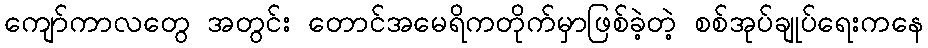
ကျော်ကာလတွေ အတွင်း တောင်အမေရိကတိုက်မှာဖြစ်ခဲ့တဲ့ စစ်အုပ်ချုပ်ရေးကနေ